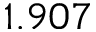
1 . 9 0 7